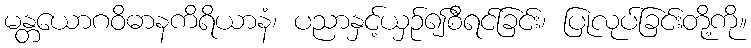
မန္တယောဂဝိဓာနကိရိယာနံ၊ ပညာနှင့်ယှဉ်၍စီရင်ခြင်း၊ ပြုလုပ်ခြင်းတို့ကို။